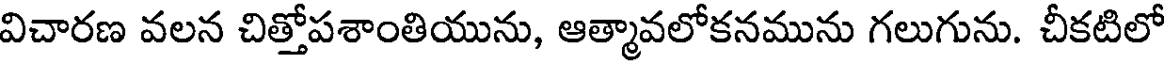
విచారణ వలన చిత్తోపశాంతియును, ఆత్మావలోకనమును గలుగును. చీకటిలో